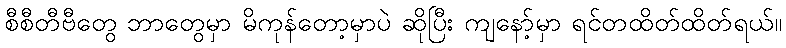
စီစီတီဗီတွေ ဘာတွေမှာ မိကုန်တော့မှာပဲ ဆိုပြီး ကျနော့်မှာ ရင်တထိတ်ထိတ်ရယ်။